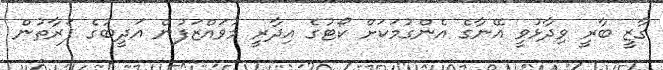
ގާޒީ ބާރީ ވިދާޅުވީ އޭނާގެ އެންގުމަކަށް ކޯޓުގެ އިދާރީ މުވައްޒަފުން އަދީބުގެ ފަރާތުން